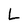
Character: L